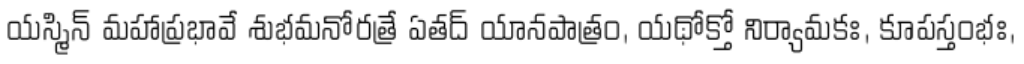
యస్మిన్ మహాప్రభావే శుభమనోరత్రే ఏతద్ యానపాత్రం, యథోక్తో నిర్యామకః, కూపస్తంభః,